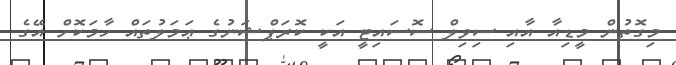
މިގޮތުން މީޑިއާ އާއި ސިވިލް ސޮސައިޓީ އަކީ ކޮރަޕްޝަނުގެ ޢަމަލުތައް ހާމަކޮށް އޭގެ